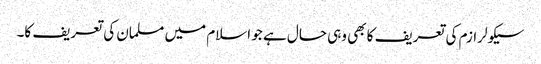
سیکولرازم کی تعریف کا بھی وہی حال ہے جو اسلام میں مسلمان کی تعریف کا۔